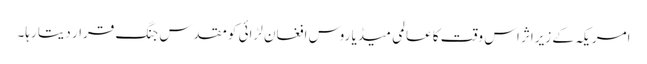
امریکہ کے زیراثر اس وقت کا عالمی میڈیا روس افغان لڑائی کو مقدس جنگ قرار دیتا رہا۔